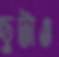
ছুটাও